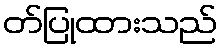
တ်ပြုထားသည်